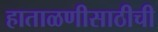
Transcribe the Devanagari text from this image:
हाताळणीसाठीची